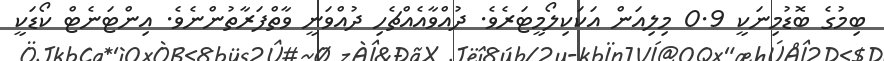
ބިމުގެ ބޮޑުމިނަކީ 0.9 މިލިއަން އަކަކިލޯމީޓަރެވެ. ދުއްވާއެއްޗެހި ދުއްވަނީ ވާތްފަރާތުންނެވެ. އިންޓަނެޓް ކޯޑަކީ